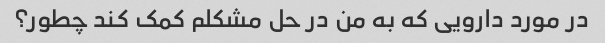
در مورد دارویی که به من در حل مشکلم کمک کند چطور؟